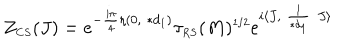
Z _ { \scriptscriptstyle C S } ( J ) = e ^ { - \frac { i \pi } { 4 } \eta ( 0 , \ast d _ { \scriptscriptstyle 1 } ) } \tau _ { \scriptscriptstyle R S } ( M ) ^ { \scriptscriptstyle 1 / 2 } e ^ { i \langle J , \frac { 1 } { \ast d _ { \scriptscriptstyle 1 } } J \rangle }